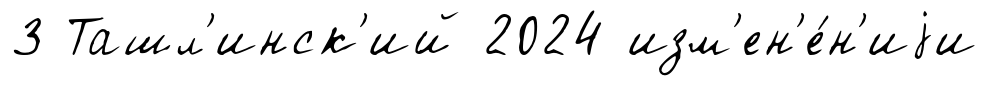
3 Ташл'инск'ий 2024 изм'ен'е́н'иjи